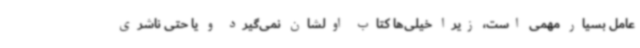
عامل بسیار مهمی است، زیرا خیلی‌ها کتاب اولشان نمی‌گیرد و یا حتی ناشری